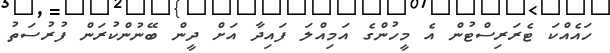
ހައެއްކަ ޓެރަރިސްޓުން އެ މީހުންގެ އަމިއްލަ ފައިދާ އަށް ދީން ބޭނުންކުރަން ފުރުސަތު